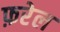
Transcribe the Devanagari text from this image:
फ़रेल